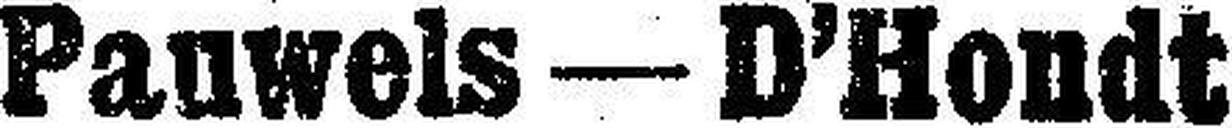
Panwels — D’Hondt